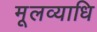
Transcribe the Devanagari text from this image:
मूलव्याधि